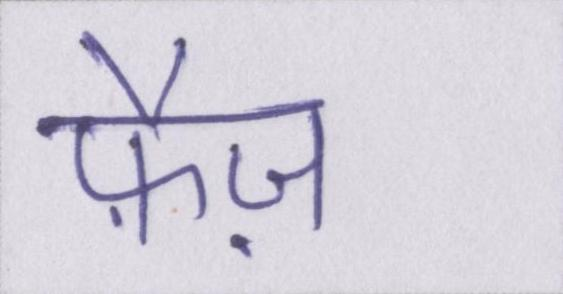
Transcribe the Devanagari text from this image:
फ़ैज़